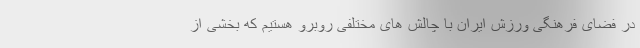
در فضای فرهنگی ورزش ایران با چالش های مختلفی روبرو هستیم که بخشی از